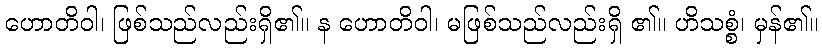
ဟောတိဝါ၊ ဖြစ်သည်လည်းရှိ၏။ န ဟောတိဝါ၊ မဖြစ်သည်လည်းရှိ ၏။ ဟိသစ္စံ၊ မှန်၏။